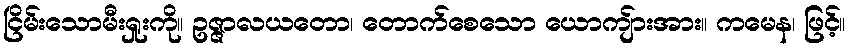
ငြိမ်းသောမီးရှုးကို။ ဥဇ္ဇာလယတော၊ တောက်စေသော ယောကျ်ားအား။ ကမေန၊ ဖြင့်။